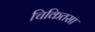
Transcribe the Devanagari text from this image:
चिकितसा